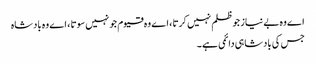
اے وہ بے نیاز جو ظلم نہیں کرتا ، اے وہ قیوم جو نہیں سوتا ، اے وہ بادشاہ
جس کی بادشاہی دائمی ہے ۔